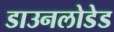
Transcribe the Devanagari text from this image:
डाउनलोडेड